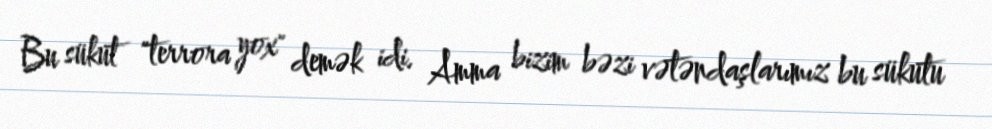
Bu sükut "terrora yox" demək idi. Amma bizim bəzi vətəndaşlarımız bu sükutu